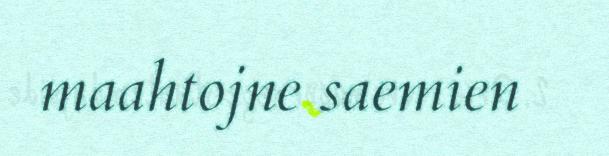
maahtojne saemien